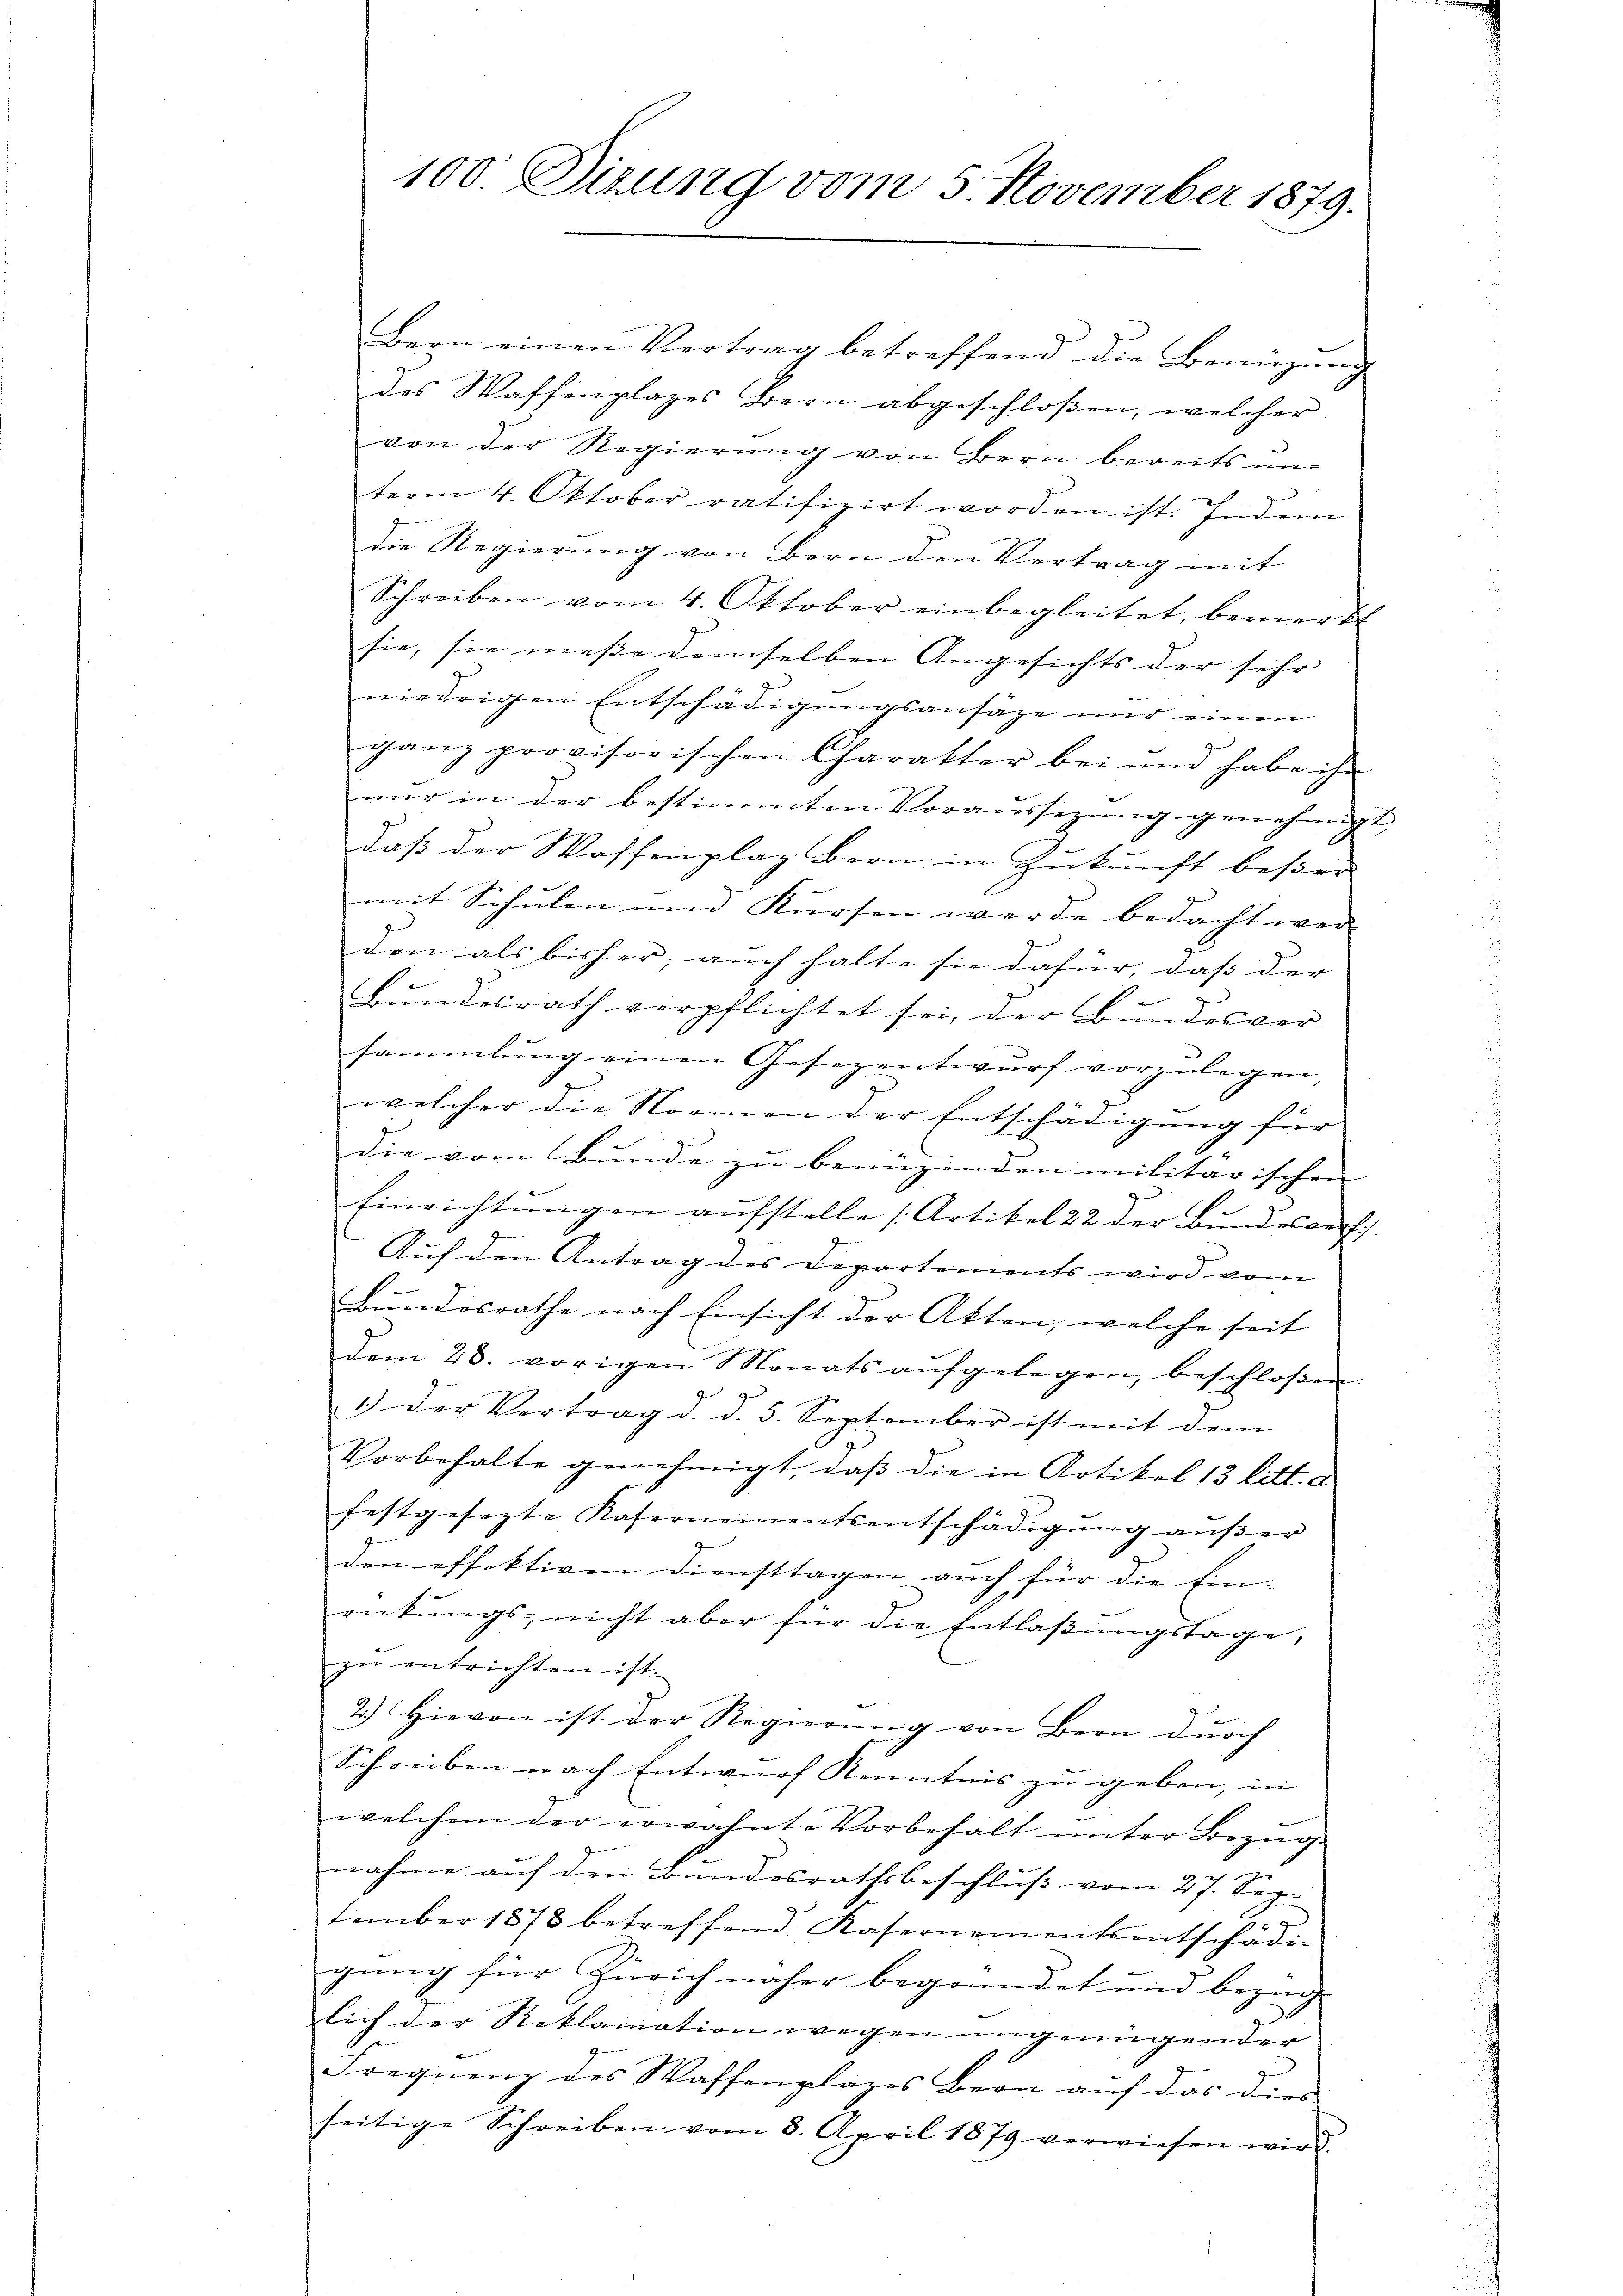
bern einen Vertrag betreffend die Benüzung
des Waffenplatzes Bern abgeschloßen, welcher
von der Regierung von Bern bereits unterm 4. Oktober ratifizirt worden ist. Indem
die Regierung von Bern den Vertrag mit
Schreiben vom 4. Oktober einbegleitet, bemerkt
sie, sie messe demselben Angesichts der sehr |
niedrigen Entschädigungsansätze und einen
ganz provisorischen Charakter bei und habe ihn
nŭr in der bestimmten Voraussezŭng genehmigt,
daß der Waffenplaz bern in Zukunft beßer
mit Schulen und Kursen werde bedacht wer-
den als bisher; auch halte sie dafür, dass der |
Bundesrath verpflichtet sei, der Bundesver-
sammlung einen Gesezentwurf vorzulegen,
welcher die Normen der Entschädigung für
die vom Bunde zu benüzenden militarischen |
Einrichtŭngen aufstelle (Artikel 22 der Bundesverfch
Auf den Antrag des Departements wird vom
Bundesrathe nach Einsicht der Akten, welche seit
dem 28. vorigen Monats aŭfgelegen beschloßen.
Ger
1.) Der Vertrag d. d. 5. September ist mit dem
Vorbehalte genehmigt, daß die in Artikel 13 litt. d
festgesezte Kasernementsentschädigung außer
den effektiven Diensttagen auch für die Ein-
rükŭngs- nicht aber für die Entlaβŭngstage,
zu entrichten ist.
2.) Hievon ist der Regierung von Bern durch
Schreiben nach Entwurf Kenntnis zu geben, in
u
welchem der erwähnte Vorbehalt unter Bezug
nahme auf den Bundesrathsbeschluß vom 27. Sep.
tember 1878 betreffend Kasernementsentschädigung für Zürich näher begründet und bezeig
lich der Reklamation wegen ungenügender
Frequenz des Waffenplazes Bern auf das dies
seitige Schreiben vom 8. April 1879 verwiesen wird.

100. Sizung vom 5. November 1879.